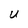
Character: U